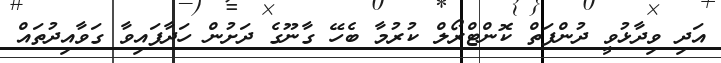
އަދި ވިދާޅުވީ ދުންފަތް ކޮންޓްރޯލް ކުރުމާ ބެހޭ ގާނޫގެ ދަށުން ހަދާފައިވާ ގަވާއިދުތައް